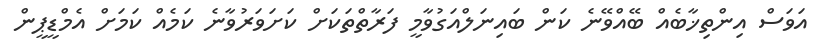
އަވަސް އިންތިޚާބެއް ބޭއްވޭނެ ކަން ބައިނަލްއަގުވާމީ ފަރާތްތަކަށް ކަށަވަރުވާނެ ކަމެއް ކަމަށް އެމްޑީޕީން